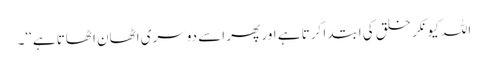
اللہ کیونکر خلق کی ابتدا کرتا ہے اور پھر اسے دوسری اٹھان اٹھاتا ہے‘‘۔